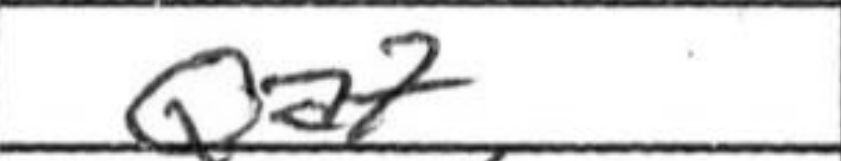
Transcription: Qa7